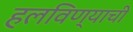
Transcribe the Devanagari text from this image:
हलविण्याची